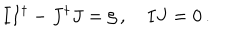
LaTeX: I I ^ { \dagger } - J ^ { \dagger } J = \zeta \, , \quad I J = 0 \, .